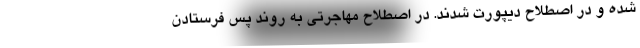
شده و در اصطلاح دیپورت شدند. در اصطلاح مهاجرتی به روند پس فرستادن